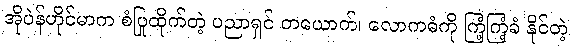
အိုပဲန်ဟိုင်မာက စံပြုထိုက်တဲ့ ပညာရှင် တယောက်၊ လောကဓံကို ကြံ့ကြံ့ခံ နိုင်တဲ့